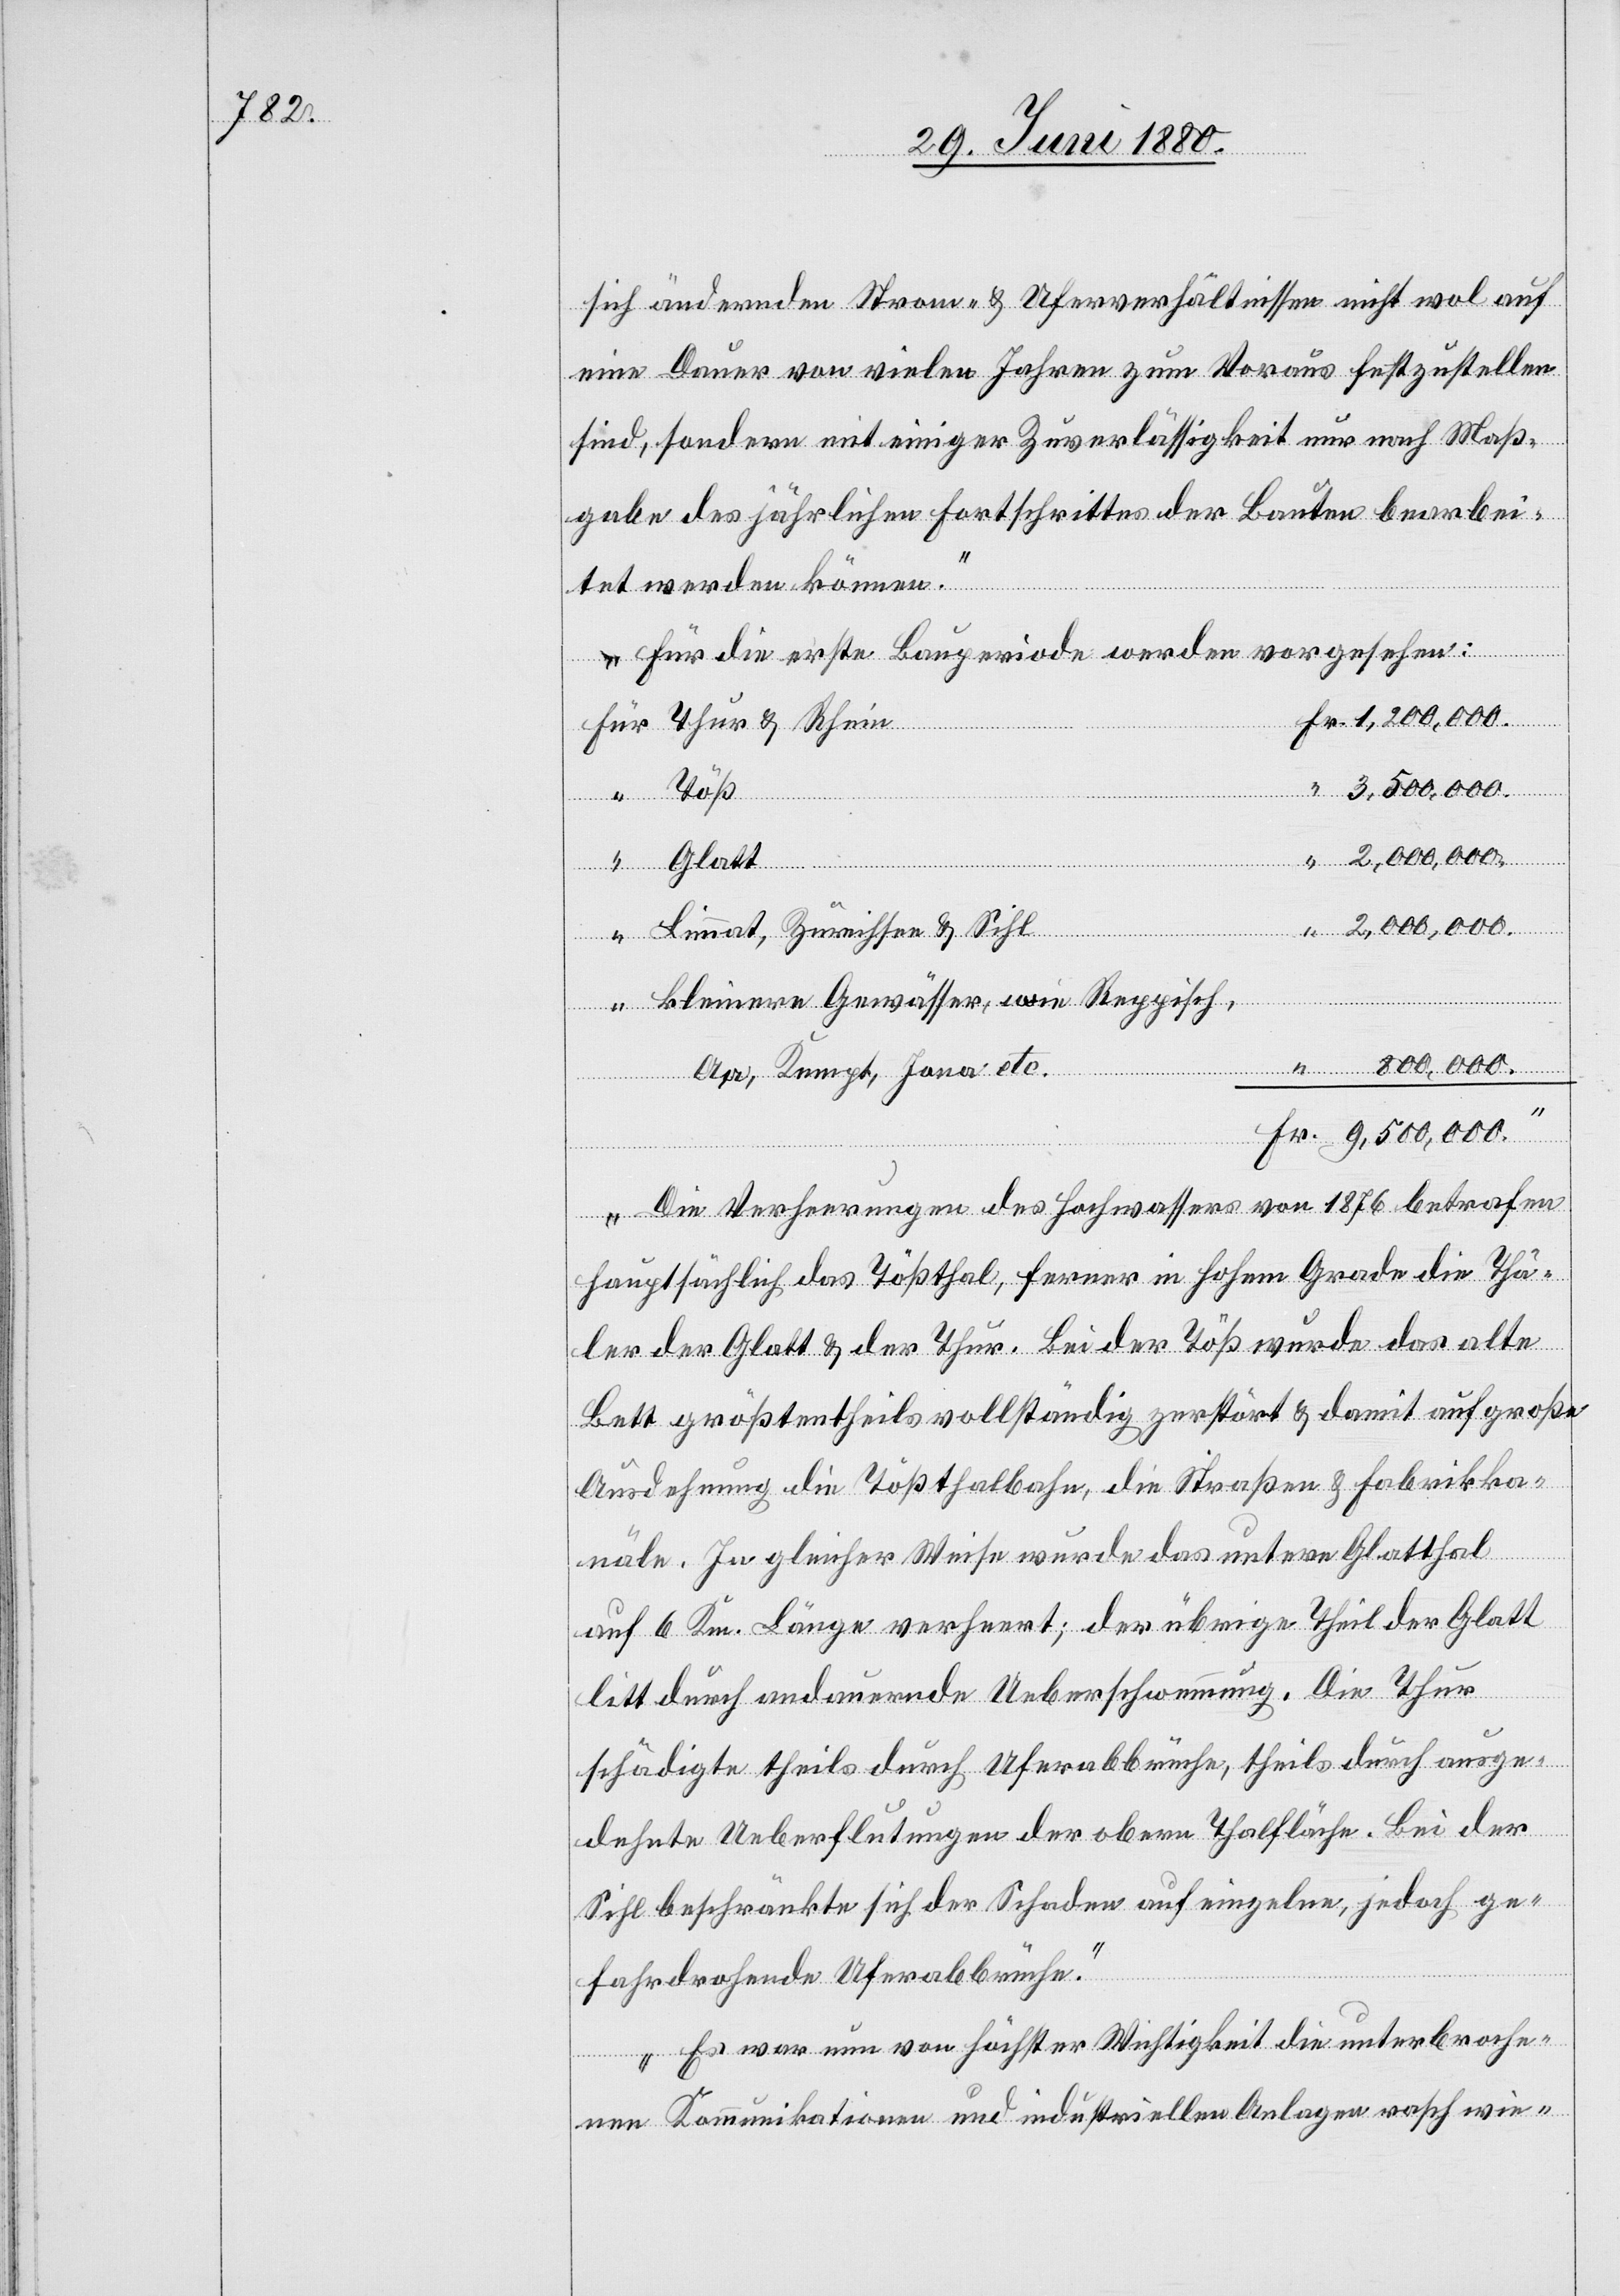
sich ändernden Strom- & Uferverhältnissen nicht wol auf
eine Dauer von vielen Jahren zum Voraus festzustellen
sind, sondern mit einiger Zuverlässigkeit nur nach Maß¬
gabe des jährlichen Fortschrittes der Bauten bearbei¬
tet werden können.
Für die erste Bauperiode werden vorgesehen:
Fr.
Glatt
“
2,000,000
“
Limmat, Zürichsee & Sihl
kleinere Gewässer, wie Reppisch,
Aa, Kempt, Jona etc.
“
9,500,000
Rhein
Die Verheerungen des Hochwassers von 1876 betrafen
hauptsächlich das Tößthal, ferner in hohem Grade die Thä¬
ler der Glatt & der Thur. Bei der Töß wurde das alte
Bett größtentheils vollständig zerstört & damit auf große
Ausdehnung die Tößthalbahn, die Straßen & Fabrikka¬
näle. In gleicher Weise wurde das unter Glatthal
auf 6 Km. Länge verheert; der übrige Theil der Glatt
litt durch andauernde Ueberschwemmung. Die Thur
schädigte theils durch Uferabbrüche, theils durch ausge¬
dehnte Ueberflutungen der obern Thalfläche. Bei der
Sihl beschränkte sich der Schaden auf einzelne, jedoch ge¬
fahrdrohende Uferabbrüche.
Es war nun von höchster Wichtigkeit die unterbroche¬
nen Kommunikationen und industriellen Anlagen rasch wie-